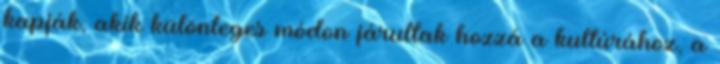
kapják, akik különleges módon járultak hozzá a kultúrához, a